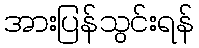
အားပြန်သွင်းရန်